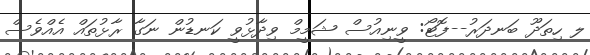
ލ ހިތަދޫ ބަނދަރު--ފޮޓޯ: ވީނިއުސް ޝަމީމް ވިދާޅުވީ ކަނޑުން ނަގާ ރާޅުތައް އެއްވެސް